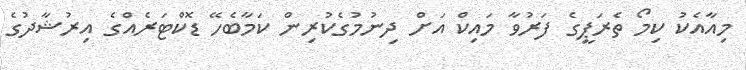
މިއާއެކު ކިމޯ ތެރަޕީގެ ފަރުވާ މައިކް އަށް ދިނުމުގެކުރިން ކަމާބެހޭ ޑޮކްޓަރެއްގެ އިރުޝާދުގެ